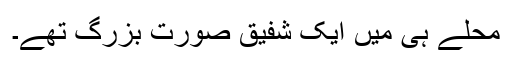
محلے ہی میں ایک شفیق صورت بزرگ تھے۔